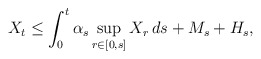
\begin{align*} X_t\leq\int_0^t\alpha_s\sup_{r\in[0,s]}X_r\,ds +M_s+H_s, \end{align*}